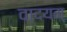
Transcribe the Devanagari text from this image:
वादयम्